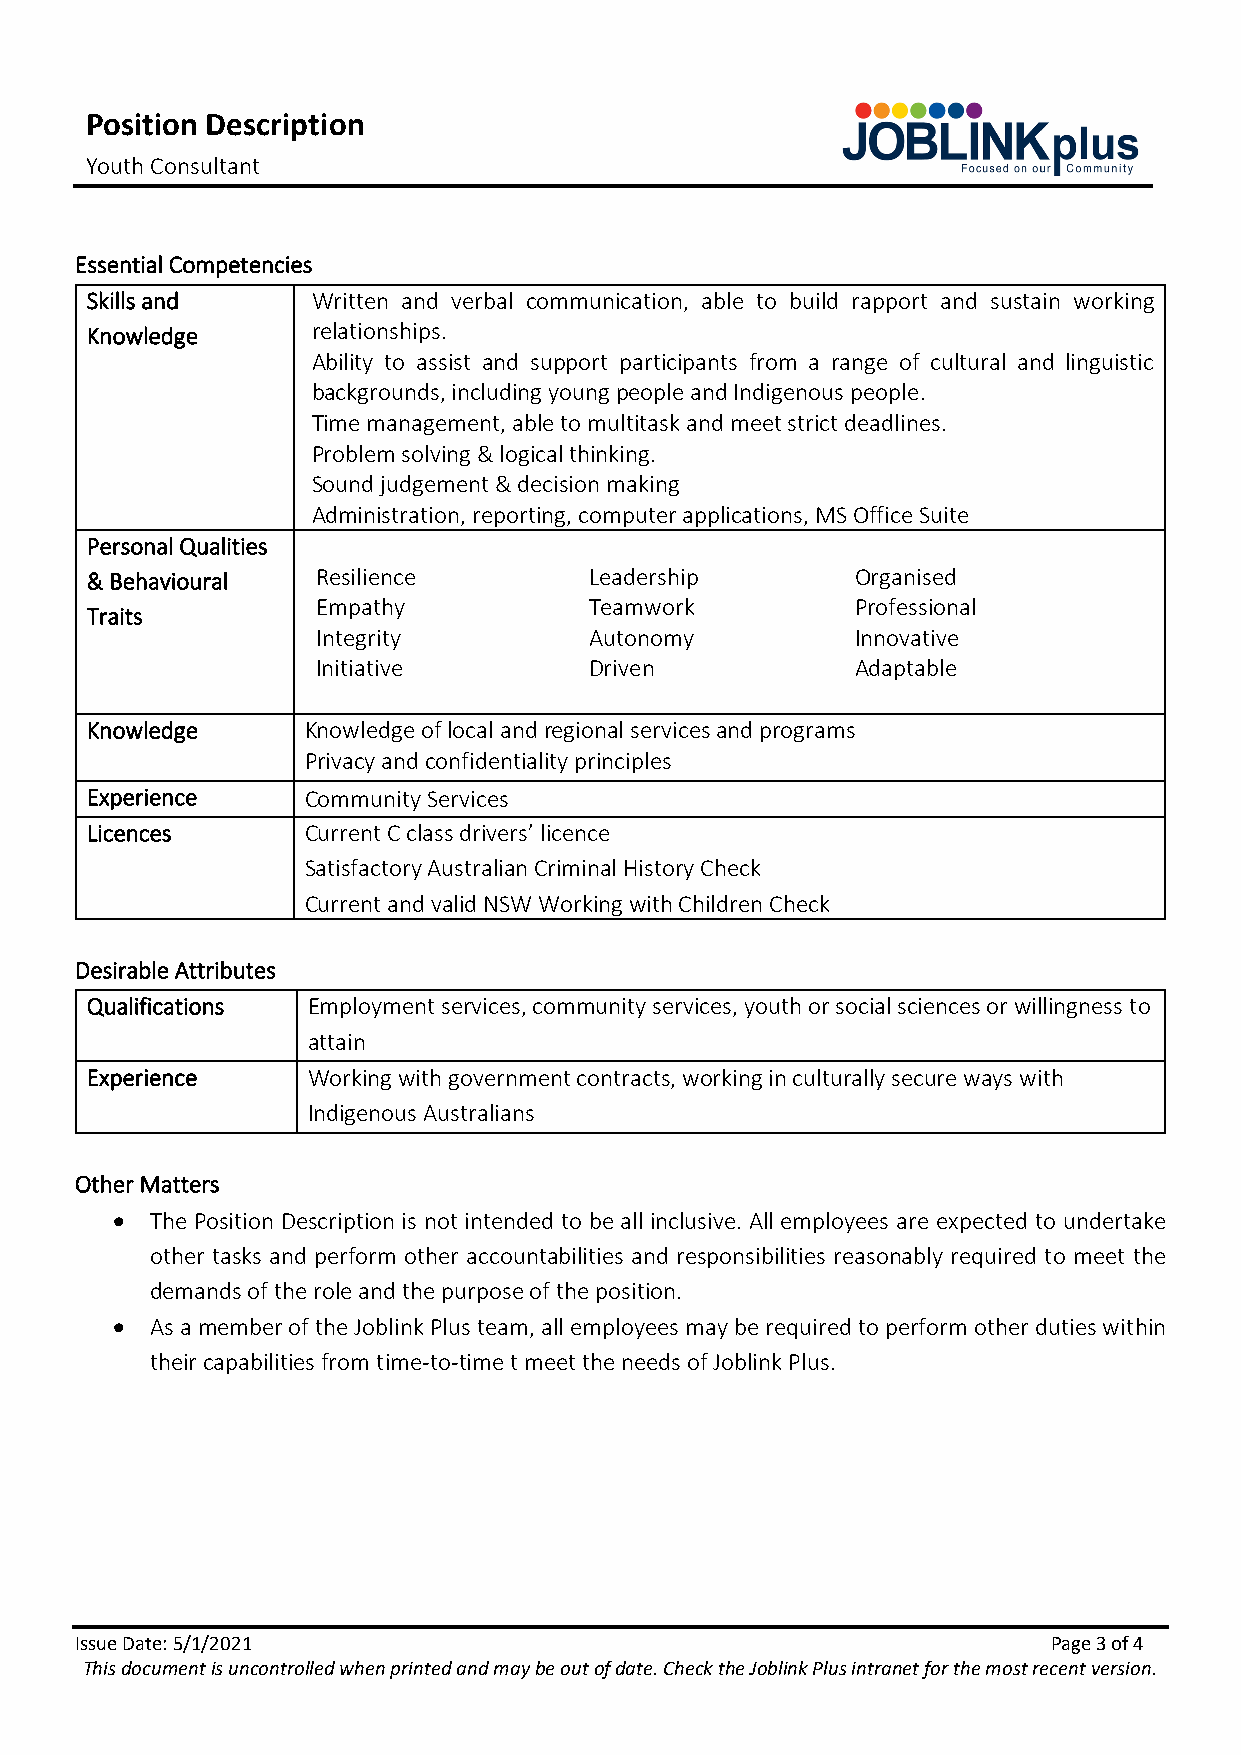
Position Description
 Youth Consultant
 Essential Competencies
 Skills and     Written and verbal communication, able to build rapport and sustain working
 Knowledge      relationships.
 Ability to assist and support participants from a range of cultural and linguistic
 backgrounds, including young people and Indigenous people.
 Time management, able to multitask and meet strict deadlines.
 Problem solving & logical thinking.
 Sound judgement & decision making
 Administration, reporting, computer applications, MS Office Suite
 Personal Qualities
 & Behavioural  Resilience        Leadership        Organised
 Empathy           Teamwork          Professional
 Traits
 Integrity         Autonomy          Innovative
 Initiative        Driven            Adaptable
 Knowledge     Knowledge of local and regional services and programs
 Privacy and confidentiality principles
 Experience    Community Services
 Licences      Current C class drivers’ licence
 Satisfactory Australian Criminal History Check
 Current and valid NSW Working with Children Check
 Desirable Attributes
 Qualifications Employment services, community services, youth or social sciences or willingness to
 attain
 Experience    Working with government contracts, working in culturally secure ways with
 Indigenous Australians
 Other Matters
 •  The Position Description is not intended to be all inclusive. All employees are expected to undertake
 other tasks and perform other accountabilities and responsibilities reasonably required to meet the
 demands of the role and the purpose of the position.
 •  As a member of the Joblink Plus team, all employees may be required to perform other duties within
 their capabilities from time-to-time t meet the needs of Joblink Plus.
 Issue Date: 5/1/2021                                             Page 3 of 4
 This document is uncontrolled when printed and may be out of date. Check the Joblink Plus intranet for the most recent version.